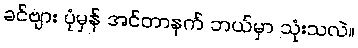
ခင်ဗျား ပုံမှန် အင်တာနက် ဘယ်မှာ သုံးသလဲ။